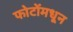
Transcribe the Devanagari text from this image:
फोटोंमधून